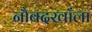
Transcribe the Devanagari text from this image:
नौबदखाँला